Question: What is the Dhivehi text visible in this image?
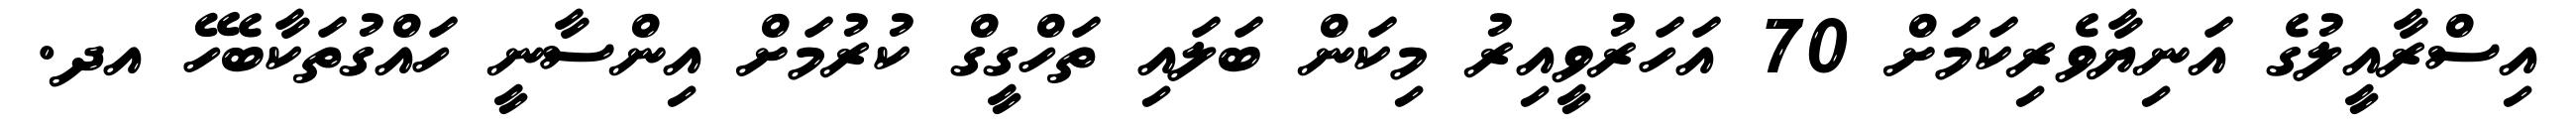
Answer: އިސްރާއީލުގެ އަނިޔާވެރިކަމަށް 70 އަހަރުވީއިރު މިކަން ބަލައި ތަހްގީގް ކުރުމަށް އިންސާނީ ހައްގުތަކާބެހޭ އދ.